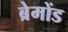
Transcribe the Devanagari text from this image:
ब्रेमोंड